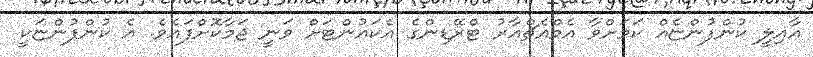
އާއިލީ ކުންފުންޏެއް ކަމަށްވާ އެމްއެޗްއާރު ޓްރޭޑިންގެ އެކައުންޓަށް ވަނީ ޖަމާކޮށްފައެވެ. އެ ކުންފުންޏަކީ